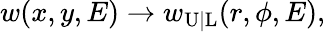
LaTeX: w(x,y,E)\rightarrow w_{\mathrm{U|L}}(r,\phi,E),